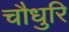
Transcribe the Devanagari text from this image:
चौधुरि